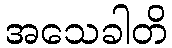
အသေခါတိ